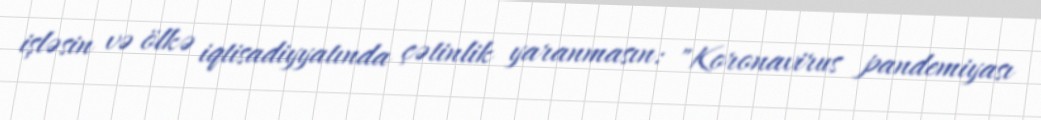
işləsin və ölkə iqtisadiyyatında çətinlik yaranmasın: "Koronavirus pandemiyası